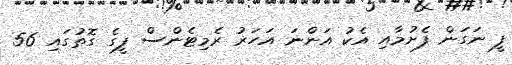
ފީ ނަގަން ފެށުމާއި އެކު އަންނަ އަހަރު ރެމިޓެންސް ފީގެ ގޮތުގައި 56